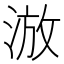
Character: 𣷫